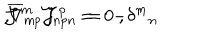
{ \mathcal { J } ^ { m } } _ { p } { \mathcal { J } ^ { p } } _ { n } \; = \; - { \delta ^ { m } } _ { n } \hspace { . 5 c m } , \hspace { . 5 c m } \overline { { { \nabla } } } _ { m } \, \mathcal { J } _ { n p } \; = \; 0 \; ,